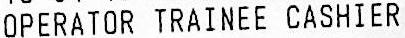
OPERATOR TRAINEE CASHIER